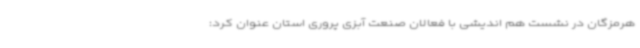
هرمزگان در نشست هم اندیشی با فعالان صنعت آبزی پروری استان عنوان کرد: